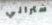
ستراني